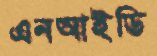
এনআইডি